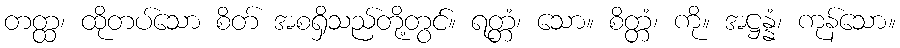
တတ္ထ၊ ထိုတပ်သော စိတ် အစရှိသည်တို့တွင်။ ရတ္တံ၊ သော။ စိတ္တံ၊ ကို။ အဋ္ဌန္နံ၊ ကုန်သော။